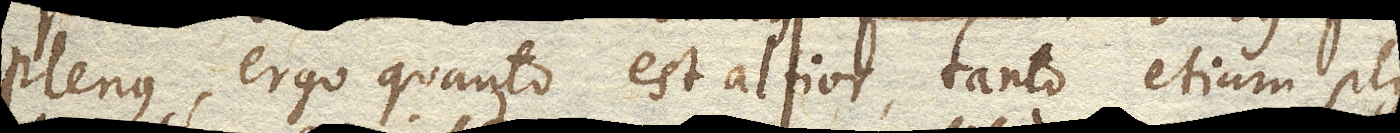
plenus, ergo quanto est altior, tanto etiam plus